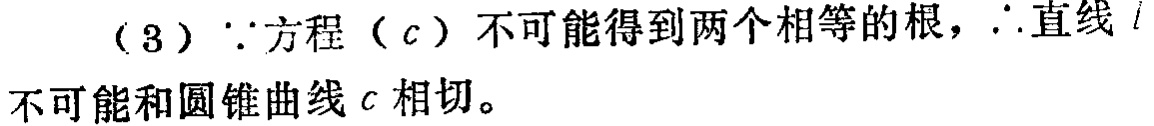
（3）$\because$方程（$c$）不可能得到两个相等的根，$\therefore$直线$l$不可能和圆锥曲线$c$相切。